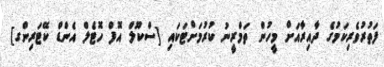
ފަތުރުވެރިކަމުގެ ދާއިރާއަށް މީހުން ތަމްރީނު ކުރުމަށްޓަކައި [ސްކޫލް އޮފް ހޮޓެލް އެންޑް ކޭޓަރިންގ]